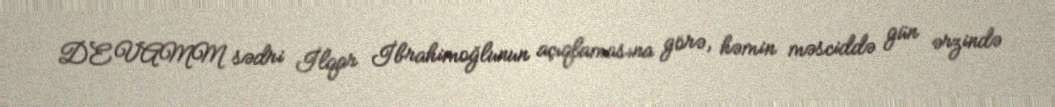
DEVAMM sədri İlqar İbrahimoğlunun açıqlamasına görə, həmin məsciddə gün ərzində